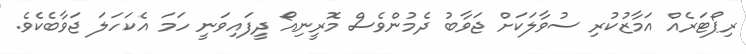
ރިޕޯޓަރެއް އަމާޒުކުރި ސުވާލަކަށް ޖަވާބު ދެމުންވެސް މޮރީނިއޯ ދީފައިވަނީ ހަމަ އެކަހަލަ ޖަވާބެކެވެ.